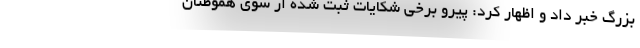
بزرگ خبر داد و اظهار کرد: پیرو برخی شکایات ثبت شده از سوی هموطنان